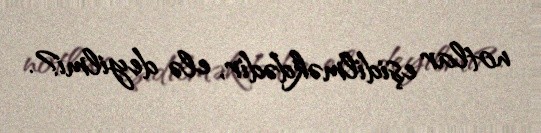
notlar eşidilməkdədir, elə deyilmi?.